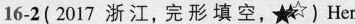
16-2 ( 2017 浙江,完形填空,★ )Her